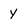
Character: y